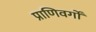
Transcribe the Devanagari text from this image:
प्राणिवर्गों